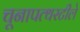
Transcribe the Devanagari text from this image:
चूनापत्थरटीले